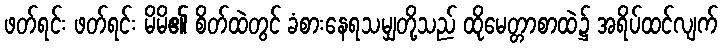
ဖတ်ရင်း ဖတ်ရင်း မိမိ၏ စိတ်ထဲတွင် ခံစားနေရသမျှတို့သည် ထိုမေတ္တာစာထဲ၌ အရိပ်ထင်လျက်